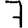
Digit: 7